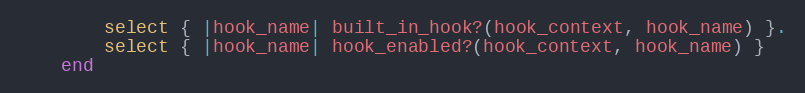
Language: Ruby
        select { |hook_name| built_in_hook?(hook_context, hook_name) }.
        select { |hook_name| hook_enabled?(hook_context, hook_name) }
    end